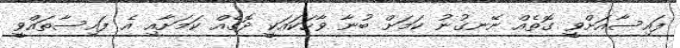
ފައިސާއަށްވީ ގޮތެއް ނޭނގުނު ކަމަށް ބުނާ ވާހަކައަކީ ދޮގެއް ކަމަށާއި އެ ފައިސާތައްވީ